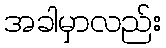
အခါမှာလည်း